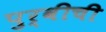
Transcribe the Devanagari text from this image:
पुर्वीची